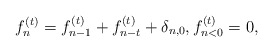
\begin{align*}f^{(t)}_n=f^{(t)}_{n-1}+f^{(t)}_{n-t}+\delta_{n,0}, f^{(t)}_{n<0}=0,\end{align*}